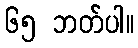
၆၅ ဘတ်ပါ။